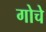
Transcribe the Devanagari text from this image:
गोचे